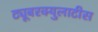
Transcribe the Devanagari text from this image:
ट्यूबरक्युलाटीस